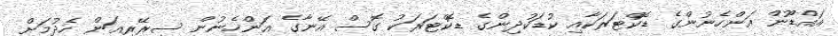
އައްޑޫން އަންހެނުންގެ ޑޮކްޓަރަކާއި ކުޑަކުދިންގެ ޑޮކްޓަރަކު ގޮސް އޭނާގެ އަންހެނުން ސިރޭރިއަން ހެދުމަށް